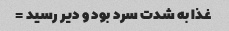
غذا به شدت سرد بود و دیر رسید =